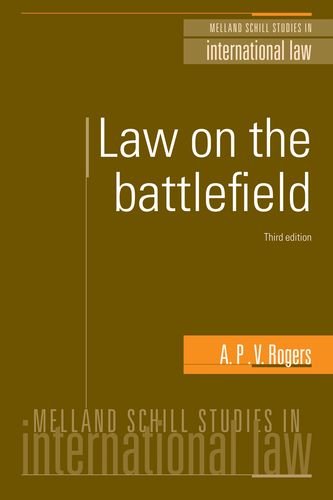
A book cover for Law on the battlefield (Melland Schill Studies in International Law MUP); A.P.V. Rogers; Law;